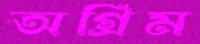
অগ্রিম